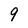
Character: 9